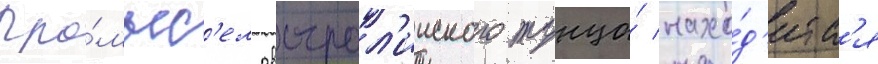
Про́мыс'ел австрал'ииского тунца́ нахо́д'итс'я